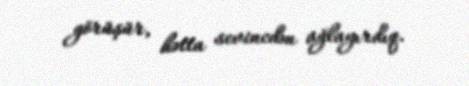
görüşür, hətta sevincdən ağlayırdıq.